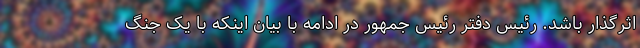
اثرگذار باشد. رئیس دفتر رئیس جمهور در ادامه با بیان اینکه با یک جنگ